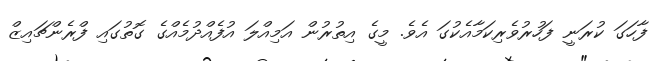
ފާހަގަ ކުރަނީ ފަހުރުވެރިކަމާއެކުގަ އެވެ. މީގެ އިތުރުން އަމިއްލަ އުފެއްދުމެއްގެ ގޮތުގައި ފްރެންޗައިޒް